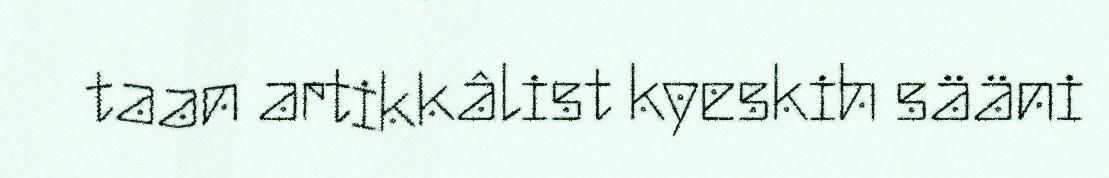
taan artikkâlist kyeskih sääni